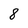
Character: 8